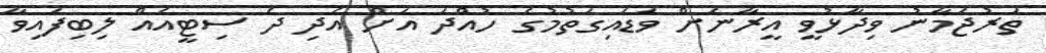
ތަރުޖަމާނު ވިދާޅުވީ އީރާނަށް ވަޑައިގަތުމުގެ ހުއްދަ އަށް އެދި ދެ ސިޓީއެއް ލިބިފައިވާ